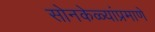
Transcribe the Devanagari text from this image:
सोनकेळ्यांप्रमाणे